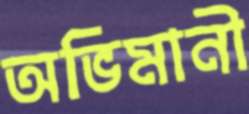
অভিমানী